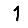
Digit: 1